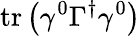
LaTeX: \operatorname{tr}\left(\gamma^{0}\Gamma^{\dagger}\gamma^{0}\right)